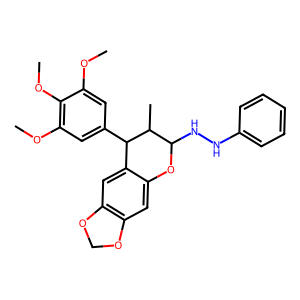
SMILES: COc1cc(C2c3cc4c(cc3OC(NNc3ccccc3)C2C)OCO4)cc(OC)c1OC
Inhibits HIV replication: No